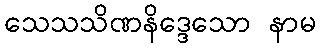
သေသသိဏနိဒ္ဒေသော နာမ